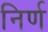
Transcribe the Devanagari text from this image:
निर्ण